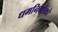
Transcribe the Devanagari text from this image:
धमनियोंको